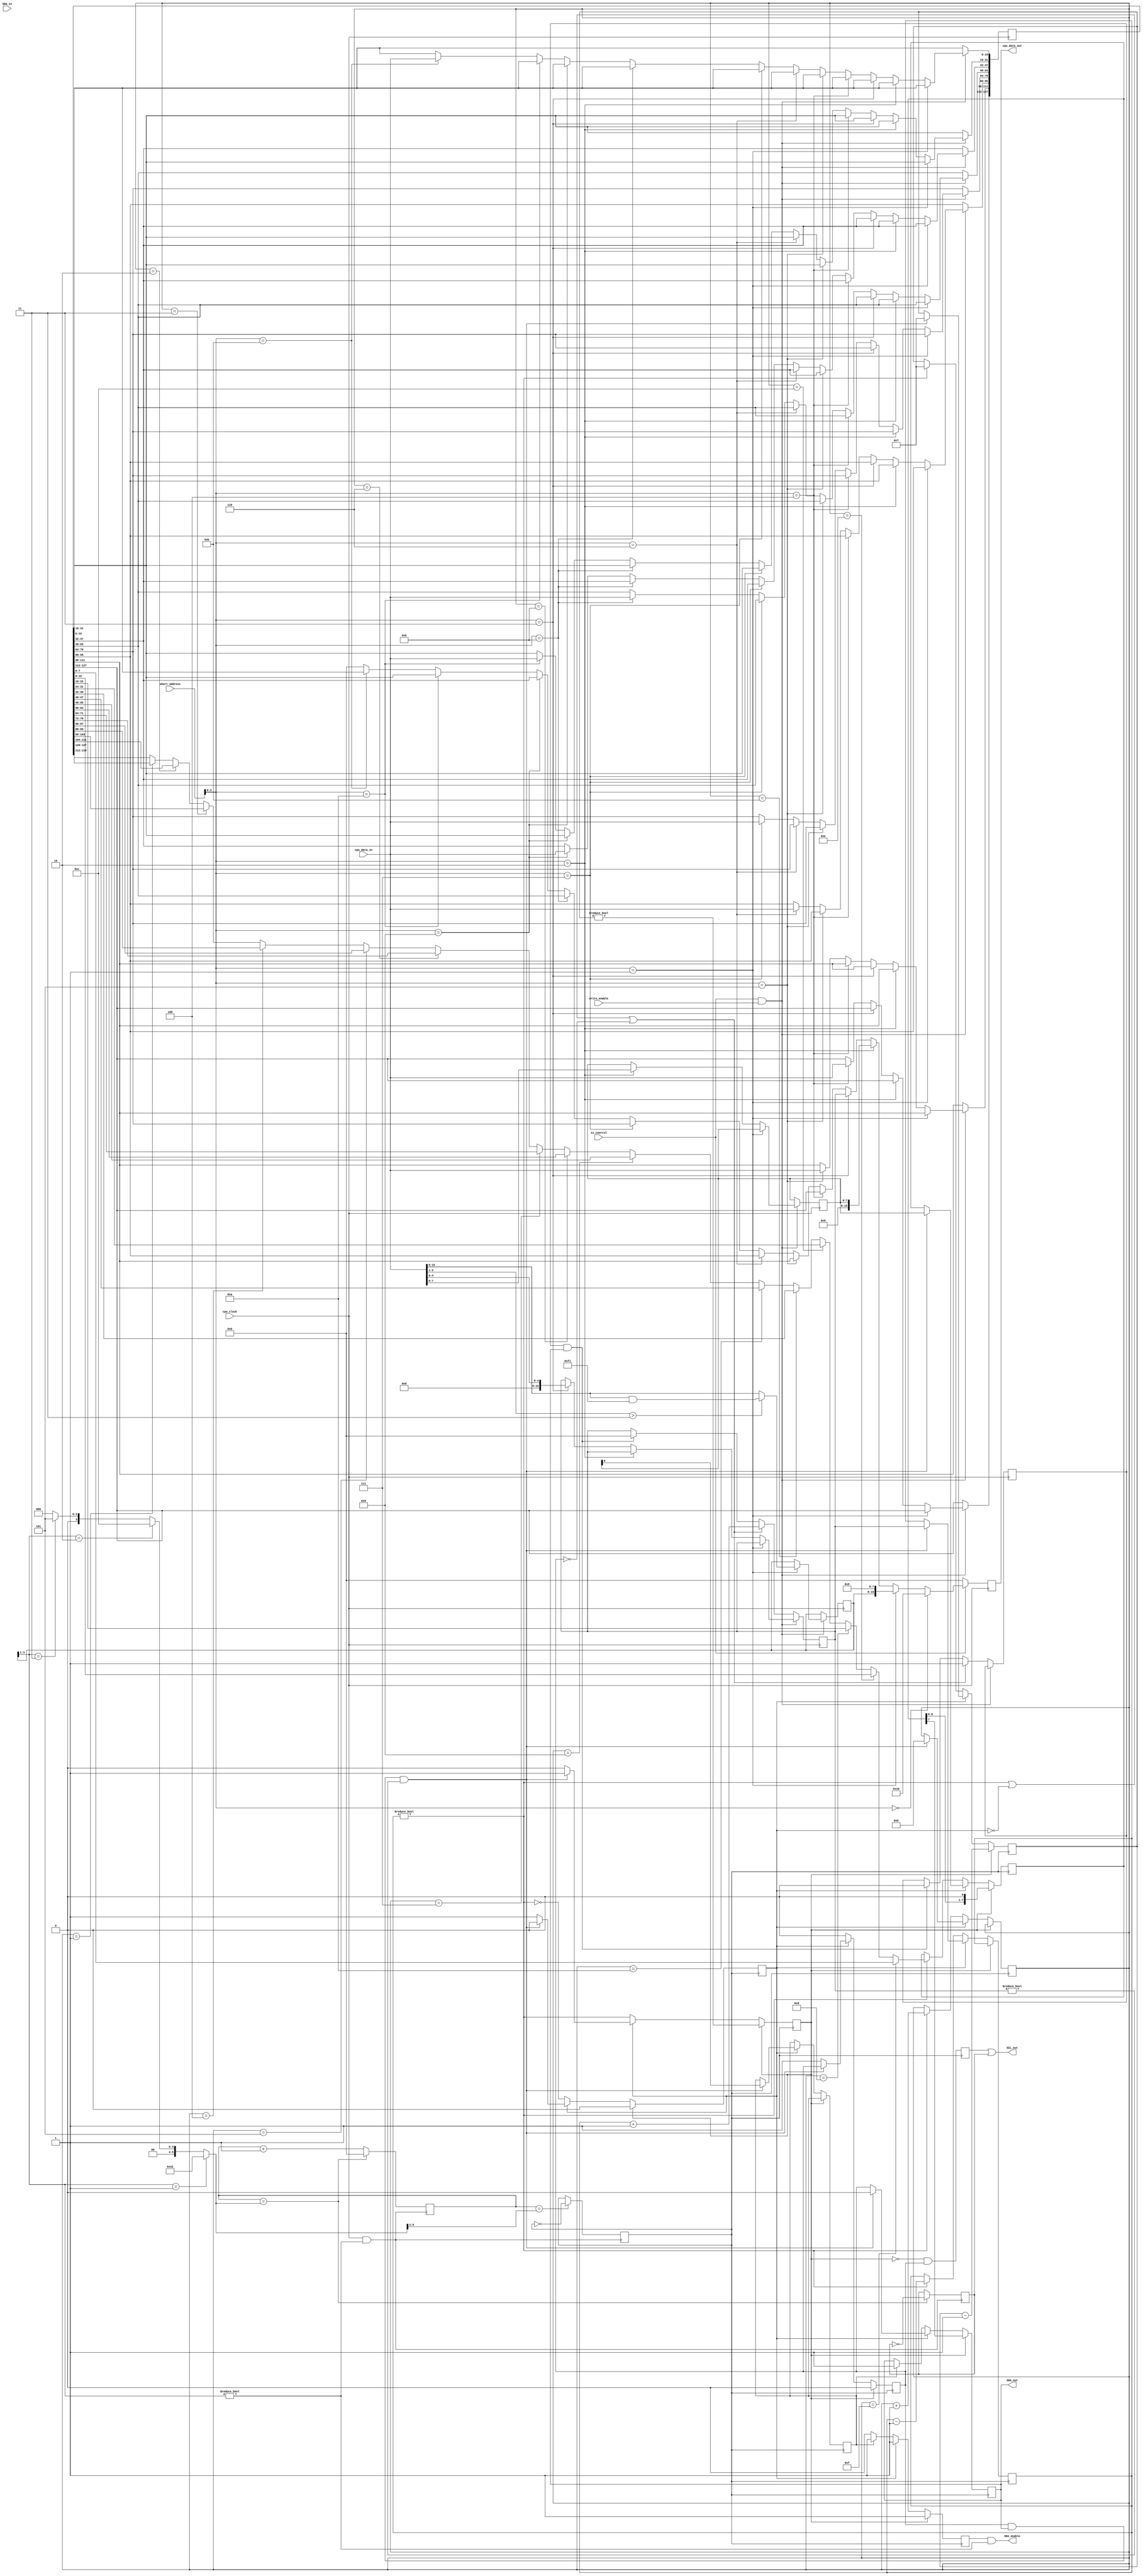
module i2c_device(
    input cpu_clock,
    input write_enable,
    input is_control,
    input [7:0] short_address,
    input [15:0] cpu_data_in,
    output reg [15:0] cpu_data_out,
    input SDA_in,
    output reg SDA_out = 1'h1,
//    output SDA_out,
    output SDA_enable,
    output SCL_out
);
    parameter DEVICE_ID = 8'h10;
    parameter DEVICE_TYPE = 8'h9;
    parameter CPU_FREQ = 10000000;

    wire [2:0] speed_mode = flags[3:1];
    // Division value gives you half the clock cycle, so equals
    // twice the desired frequency.
    wire [15:0] division_value =
      speed_mode == 3'h1 ? CPU_FREQ / 200000 :
      speed_mode == 3'h2 ? CPU_FREQ / 800000 :
      speed_mode == 3'h3 ? CPU_FREQ / 2000000 :
      16'h0;
    wire SDA_enable = SDA_write & speed_mode != 3'h0;
    reg SDA_write = 1'h1;

    /********************************
     * Clock division for I2C clock *
     ********************************/
    wire [15:0] clk_divider = division_value;
    reg [15:0] clk_count = 16'h0;
    reg i2c_clk = 1'h0;
    reg i2c_change = 1'h1;

    always@(posedge cpu_clock & speed_mode != 3'h0) begin
      if (clk_count == clk_divider) begin
        i2c_clk <= ~i2c_clk;
        clk_count <= 16'h0;
      end else begin
        clk_count <= clk_count + 1'h1;
      end

      // i2c signal will change in the middle of the stable clock value
      // so it is always stable on i2c_clk edge
      if (clk_count == { 2'h0, clk_divider[15:2] }) begin
        i2c_change <= ~i2c_change;
      end
    end

    /************************
     * I2C read/write logic *
     ************************/
    reg i2c_clk_disable = 1'h1;

    assign SCL_out = i2c_clk_disable | i2c_clk;

    reg [127:0] control_buffer = 128'h0;
    reg [7:0] i2c_address = 8'h0;
    reg [15:0] bytes_initiated = 5'h0;
    reg [7:0] flags = 8'h0;

    reg started = 1'h0;
    reg read;
    reg write_done;
    reg read_done;
    reg [3:0] byte_pos;
    reg [7:0] buffer;
    reg [3:0] remaining_bits;

    wire [7:0] selected_byte =
        byte_pos == 4'hF ? control_buffer[7:0] :
        byte_pos == 4'hE ? control_buffer[15:8] :
        byte_pos == 4'hD ? control_buffer[23:16] :
        byte_pos == 4'hC ? control_buffer[31:24] :
        byte_pos == 4'hB ? control_buffer[39:32] :
        byte_pos == 4'hA ? control_buffer[47:40] :
        byte_pos == 4'h9 ? control_buffer[55:48] :
        byte_pos == 4'h8 ? control_buffer[63:56] :
        byte_pos == 4'h7 ? control_buffer[71:64] :
        byte_pos == 4'h6 ? control_buffer[79:72] :
        byte_pos == 4'h5 ? control_buffer[87:80] :
        byte_pos == 4'h4 ? control_buffer[95:88] :
        byte_pos == 4'h3 ? control_buffer[103:96] :
        byte_pos == 4'h2 ? control_buffer[111:104] :
        byte_pos == 4'h1 ? control_buffer[119:112] :
        control_buffer[127:120];

    reg SDA_capture;
    always @(posedge i2c_change) begin
      SDA_capture <= SDA_in;

      i2c_clk_disable <= ~started & stopped;
    end

    reg [15:0] bytes_remaining = 16'h0;
    reg done = 1'h1;
    reg stopped = 1'h1;
    wire has_remaining = bytes_remaining != 16'h0;
    always @(negedge i2c_change) begin
      if (started) begin
        // Send 8 bits while started
        started <= remaining_bits != 4'h0;
        remaining_bits <= remaining_bits - 1'h1;
        SDA_out <= buffer[7];
        SDA_write <= 1'h1;
        buffer <= buffer << 1;
        done <= 1'h0;
        stopped <= 1'h0;
      end else if(~done) begin
        // This is the ACK bit.
        if (read) begin
         SDA_out <= 1'h1;
         SDA_write <= 1'h1;
        end else begin
         SDA_write <= 1'h0;
        end
        // If remaining bytes, start next byte next
        // else stop condition next
        done <= ~has_remaining;
        started <= has_remaining;
        stopped <= 1'h0;
        if (has_remaining) begin
           buffer <= selected_byte;
           remaining_bits <= 4'h7;
           bytes_remaining <= bytes_remaining - 1'h1;
           byte_pos <= byte_pos + 1'h1;
        end
      end else if(stopped & SDA_out & bytes_initiated != 4'h0) begin
        started <= 1'h1;
        done <= 1'h0;
        byte_pos <= 4'h0;
        bytes_remaining <= bytes_initiated;

        // Start condition
        SDA_out <= 1'h0;
        SDA_write <= 1'h1;

        read <= i2c_address[0];
        buffer <= i2c_address[7:0];
        remaining_bits <= 4'h7;
      end else begin
        SDA_out <= stopped;
        SDA_write <= 1'h1;
        stopped <= 1'h1;
      end
    end

    wire control_write = is_control & write_enable;
    wire [3:0] control_address = short_address[3:0];

    wire [15:0] control_read =
        control_address == 4'h0 ? DEVICE_ID :
        control_address == 4'h1 ? { flags, DEVICE_TYPE } :
        control_address == 4'h2 ? { 8'h0, i2c_address } :
        control_address == 4'h3 ? bytes_initiated :
        control_address == 4'h4 ? control_buffer[127:112] :
        control_address == 4'h5 ? control_buffer[111:96] :
        control_address == 4'h6 ? control_buffer[95:80] :
        control_address == 4'h7 ? control_buffer[79:64] :
        control_address == 4'h8 ? control_buffer[63:48] :
        control_address == 4'h9 ? control_buffer[47:32] :
        control_address == 4'hA ? control_buffer[31:16] :
        control_address == 4'hB ? control_buffer[15:0] :
        16'h0 ;

    reg initiated = 1'h0;
    always @(posedge cpu_clock) begin
      cpu_data_out <= is_control ? control_read : 16'h0;

      if(control_write) begin
        if(control_address == 4'h1)
          flags <= cpu_data_in[3:1] > 3'h3 ? (cpu_data_in[15:8] & 8'hF1) : cpu_data_in[15:8];
        else if(control_address == 4'h2)
          i2c_address <= cpu_data_in[7:0];
        else if(control_address == 4'h3)
          bytes_initiated <= cpu_data_in[4:0];
        else if(control_address == 4'h4)
          control_buffer[127:112] <= cpu_data_in;
        else if(control_address == 4'h5)
          control_buffer[111:96] <= cpu_data_in;
        else if(control_address == 4'h6)
          control_buffer[95:80] <= cpu_data_in;
        else if(control_address == 4'h7)
          control_buffer[79:64] <= cpu_data_in;
        else if(control_address == 4'h8)
          control_buffer[63:48] <= cpu_data_in;
        else if(control_address == 4'h9)
          control_buffer[47:32] <= cpu_data_in;
        else if(control_address == 4'hA)
          control_buffer[31:16] <= cpu_data_in;
        else if(control_address == 4'hB)
          control_buffer[15:0] <= cpu_data_in;
      end else if (has_remaining | ~done | ~stopped) begin
        initiated <= 1'h1;
        bytes_initiated <= bytes_remaining + 1'h1;
      end else if (initiated & SDA_out) begin
        bytes_initiated <= 16'h0;
        initiated <= 1'h0;
       end
    end
endmodule